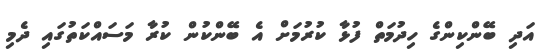
އަދި ބޭންކިންގެ ހިދުމަތް ފުޅާ ކުރުމަށް އެ ބޭންކުން ކުރާ މަސައްކަތުގައި ދެމި